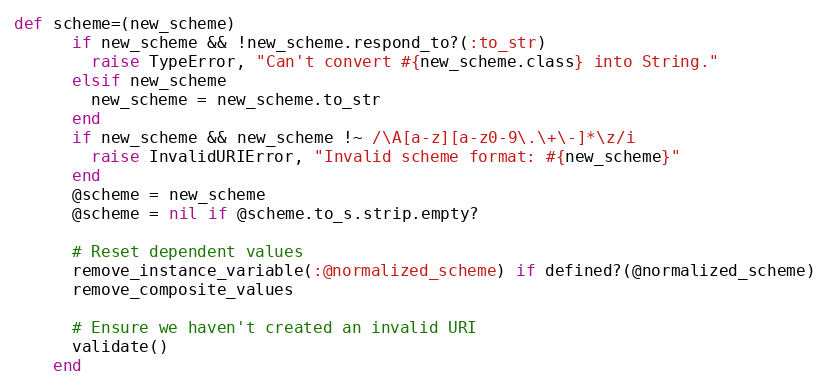
Language: Ruby
def scheme=(new_scheme)
      if new_scheme && !new_scheme.respond_to?(:to_str)
        raise TypeError, "Can't convert #{new_scheme.class} into String."
      elsif new_scheme
        new_scheme = new_scheme.to_str
      end
      if new_scheme && new_scheme !~ /\A[a-z][a-z0-9\.\+\-]*\z/i
        raise InvalidURIError, "Invalid scheme format: #{new_scheme}"
      end
      @scheme = new_scheme
      @scheme = nil if @scheme.to_s.strip.empty?

      # Reset dependent values
      remove_instance_variable(:@normalized_scheme) if defined?(@normalized_scheme)
      remove_composite_values

      # Ensure we haven't created an invalid URI
      validate()
    end